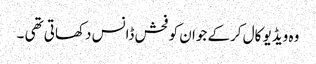
وہ ویڈیو کال کرکے جوان کو فحش ڈانس دکھاتی تھی ۔